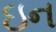
ઇન